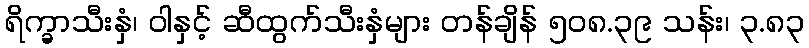
ရိက္ခာသီးနှံ၊ ဝါနှင့် ဆီထွက်သီးနှံများ တန်ချိန် ၅၀၈.၃၉ သန်း၊ ၃.၈၃